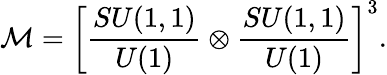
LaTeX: {\cal M}=\left[{\frac{SU(1,1)}{U(1)}}\otimes{\frac{SU(1,1)}{U(1)}}\right]^{3}.